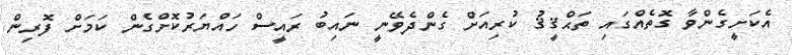
އެކަށީގެންވާ ގޮތެއްގައި ތަޙްޤީޤު ކުރިއަށް ގެންދެވޭނީ ނައިބު ރައީސް ހައްޔަރުކޮށްގެން ކަމަށް ފޮރިން